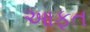
આફત